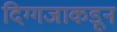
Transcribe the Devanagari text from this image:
दिग्गजाकडून